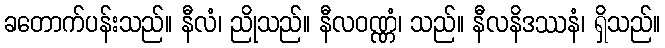
ခတောက်ပန်းသည်။ နီလံ၊ ညိုသည်။ နီလဝဏ္ဏံ၊ သည်။ နီလနိဒဿနံ၊ ရှိသည်။